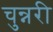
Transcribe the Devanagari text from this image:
चुन्नरी